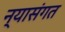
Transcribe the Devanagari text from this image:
न्यासंगत